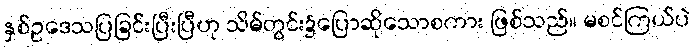
နှစ်ဥဒေသပြခြင်းပြီးပြီဟု သိမ်တွင်း၌ပြောဆိုသောစကား ဖြစ်သည်။ မစင်ကြယ်ပဲ